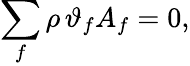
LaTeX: \sum_{f}\rho\, \vartheta_{f}A_{f}=0,